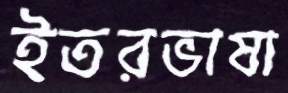
ইতরভাষা